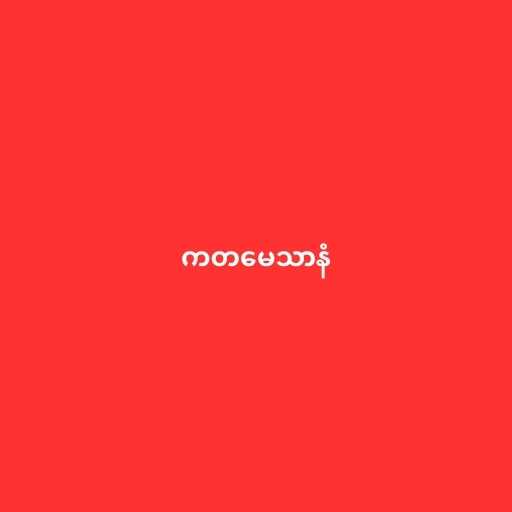
ကတမေသာနံ